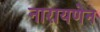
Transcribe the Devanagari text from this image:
नारायणेन